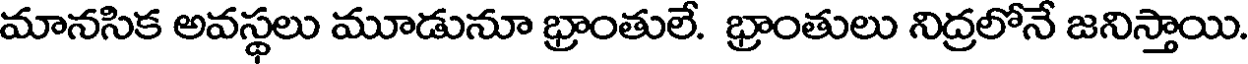
మానసిక అవస్థలు మూడునూ భ్రాంతులే. భ్రాంతులు నిద్రలోనే జనిస్తాయి.